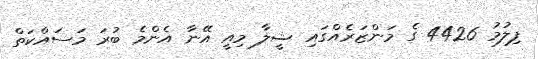
ފިލުމު 4426 ގެ މަންޒަރެއްގައި ޝީލާ މިއީ އޭނާ އެންމެ ބުރަ މަސައްކަތް